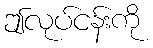
ဤလုပ်ငန်းကို